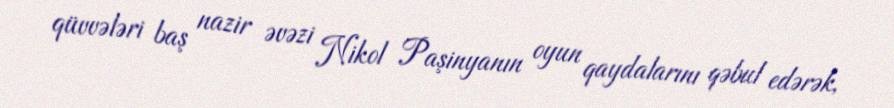
qüvvələri baş nazir əvəzi Nikol Paşinyanın oyun qaydalarını qəbul edərək,